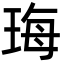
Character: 珻